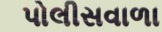
પોલીસવાળા